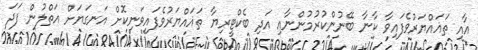
އާއި ތަޣައްޔަރުވެފައިވާ ކާނާ ބޭނުންކުރުމުންނާއި އަދި ބެކްޓީރިޔާ ތަޣައްޔަރުވެފައިވަނިކޮށް އަނގަޔަށް އަތްލުން ފަދަ